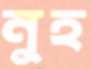
নুহ